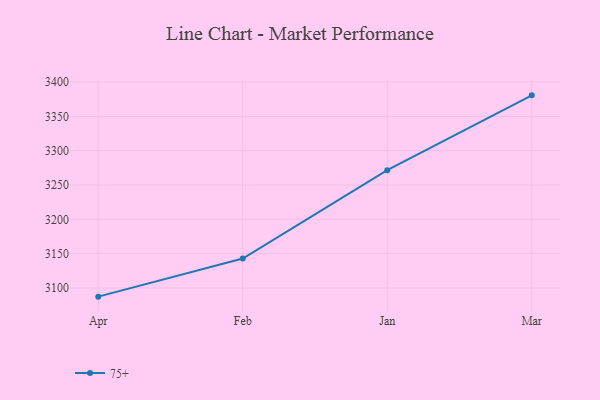
{"axis": {"x": "Month", "y": "Temperature (°C)"}, "legend": ["75+"], "data": [{"x": "Apr", "y": 3087.4, "type": "75+"}, {"x": "Feb", "y": 3142.9, "type": "75+"}, {"x": "Jan", "y": 3271.6, "type": "75+"}, {"x": "Mar", "y": 3380.6, "type": "75+"}]}